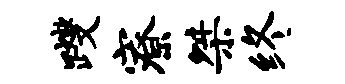
躞寮桀终